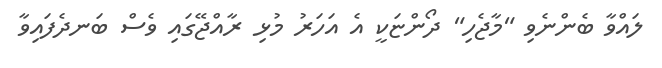
ލައްވާ ބެންނެވި "މާޖެހި" ދޯންޏަކީ އެ އަހަރު މުޅި ރާއްޖޭގައި ވެސް ބަނދެފައިވާ